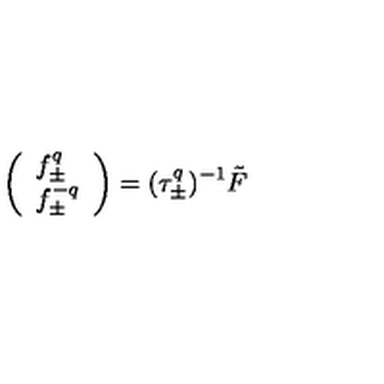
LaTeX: \left( \begin{array} { l } { f _ { \pm } ^ { q } } \\ { f _ { \pm } ^ { - q } } \\ \end{array} \right) = ( \tau _ { \pm } ^ { q } ) ^ { - 1 } \tilde { F }